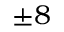
\pm 8